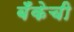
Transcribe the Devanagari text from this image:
बॅँकेची